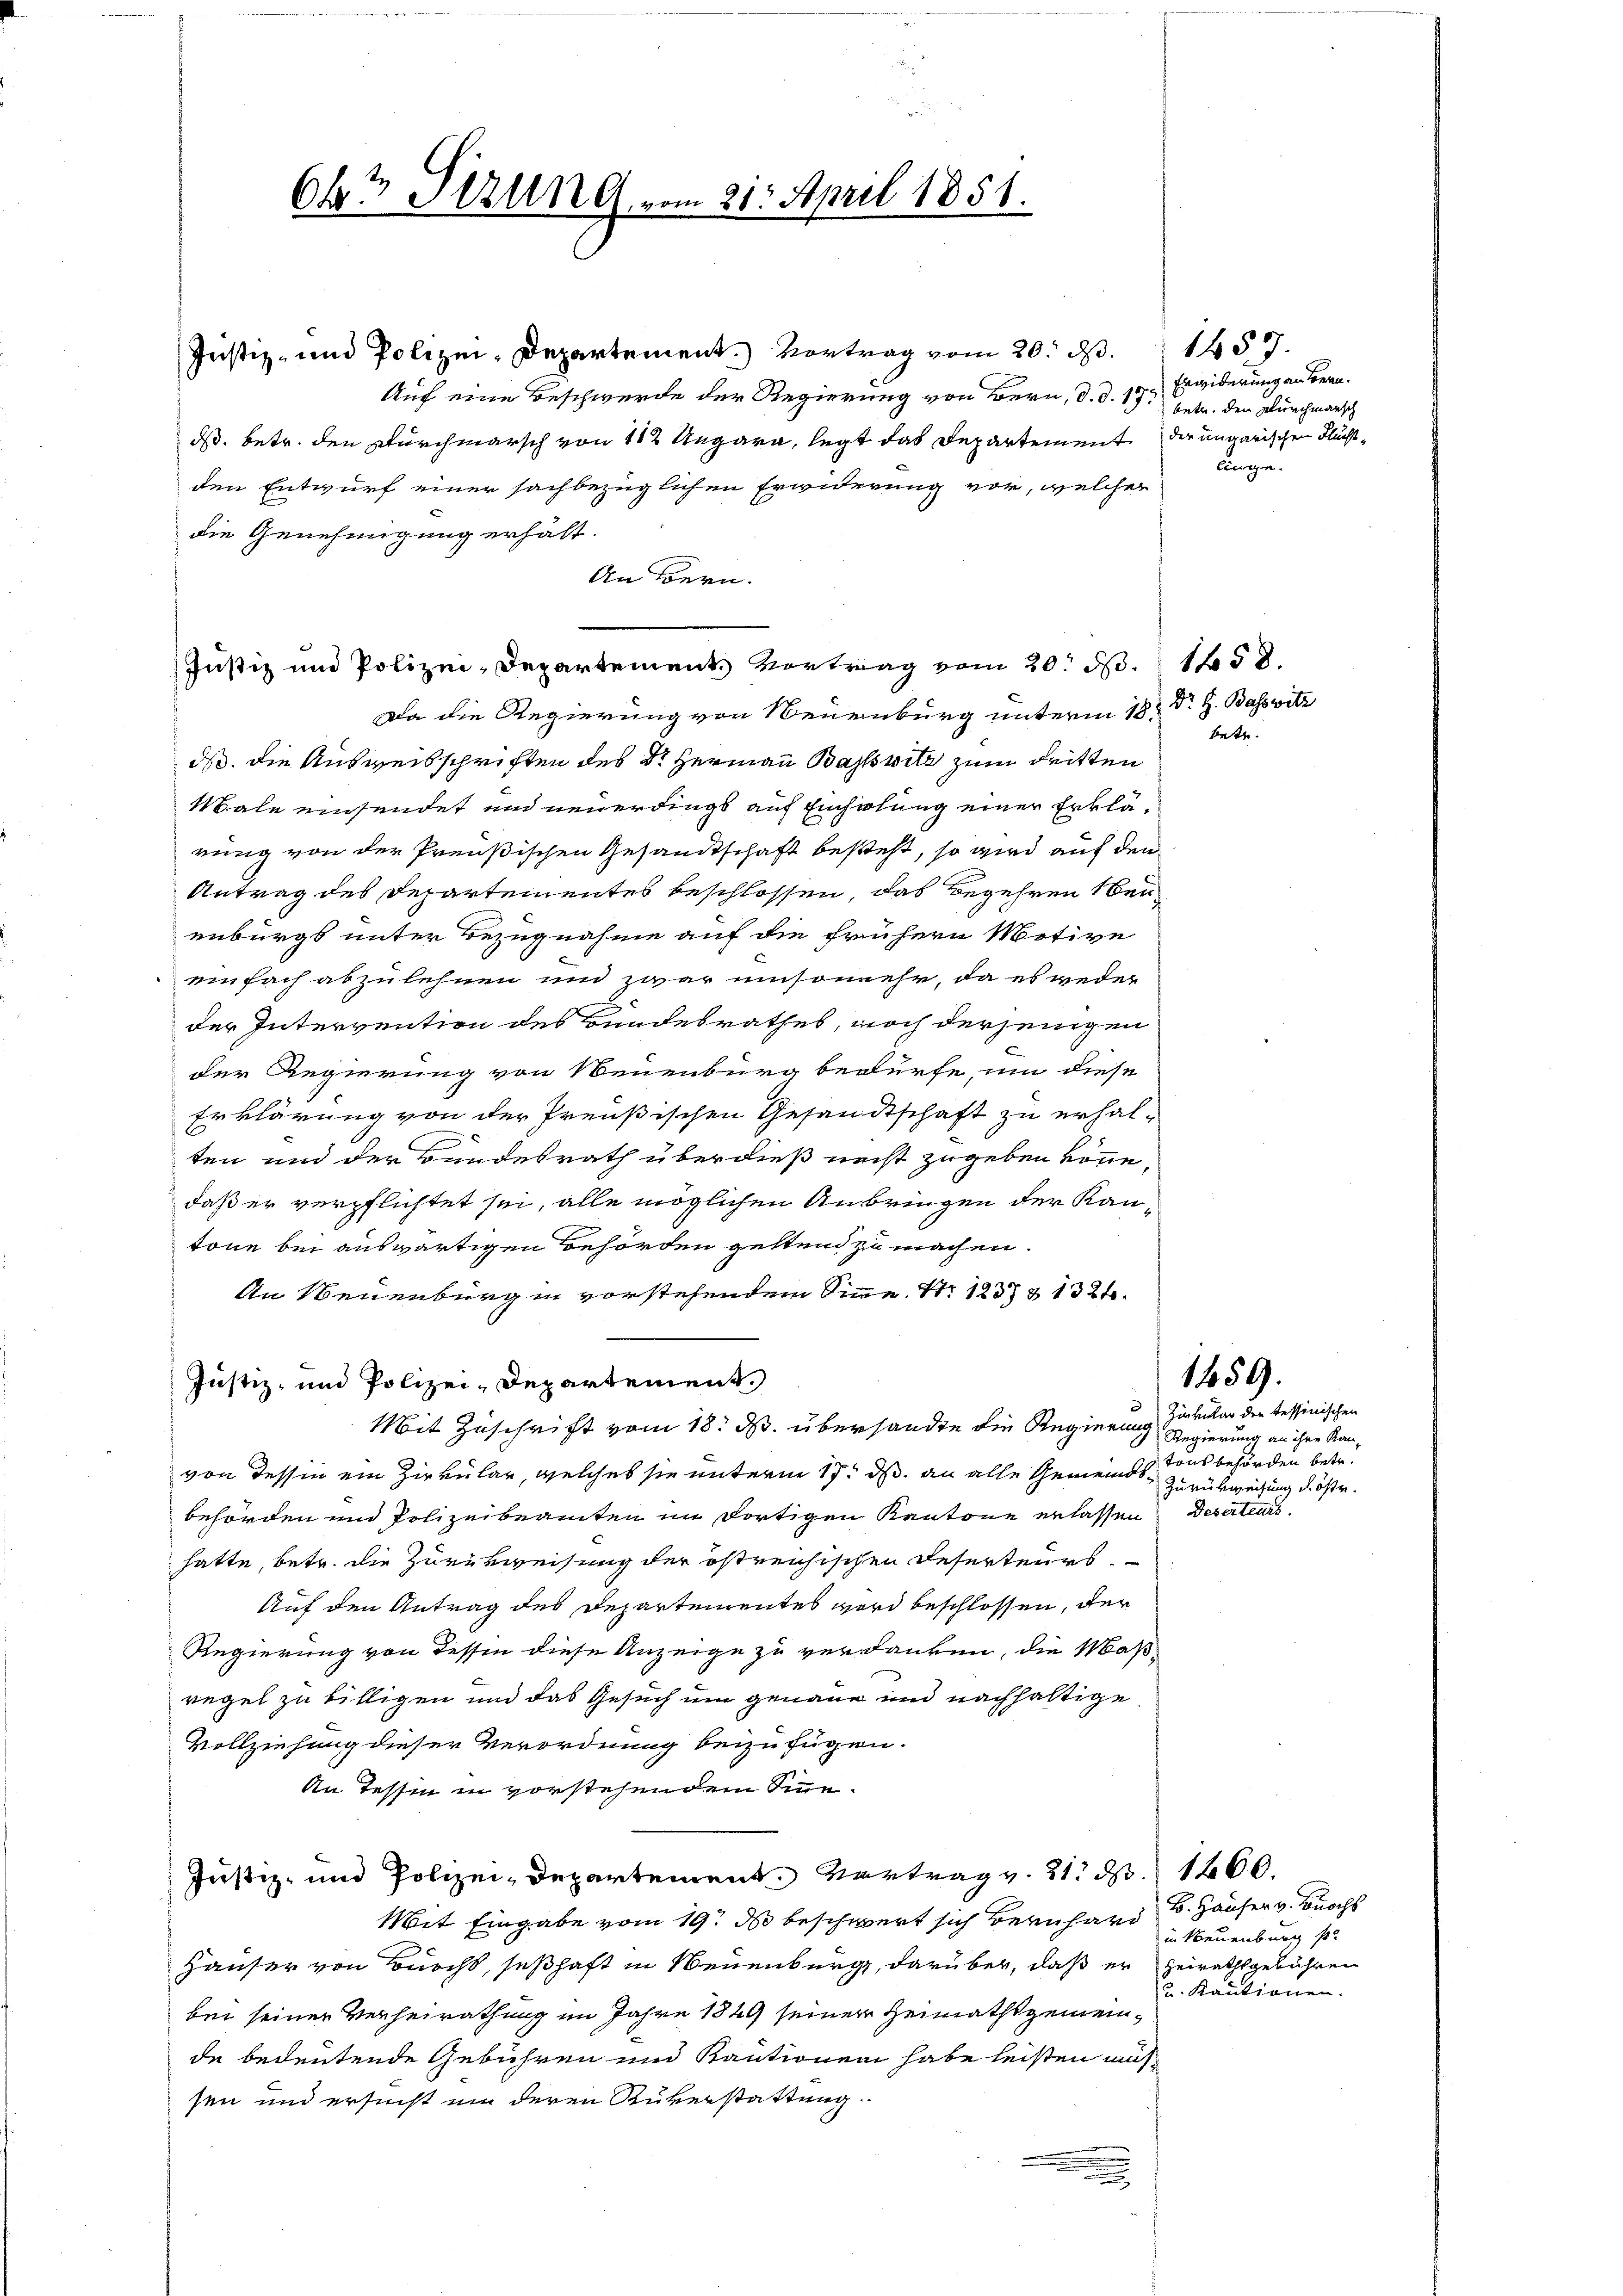
Justiz- und Polizei-Departement.) Vortrag vom 20. d. 1457.
Auf eine Beschwerde der Regierung von Bern, d. d. 17. Es widerung an Bern.
ds. betr. den Durchmarsch von 142 Ungarn, legt das Departement der ungarischen Fluchtden Entwurf einer sachbezüglichen Erwiderung vor, welcher
die Genehmigung erhält.
An Bern.
Da die Regierung von Neuenburg unterm 18.
ds. die Ausweisschriften des Dr. Hermann Basswitz zum dritten
Male einsendet und neuerdings auf Einholung einer Erklärung von der Preußischen Gesandtschaft besteht, so wird auf den
Antrag des Departementes beschlossen, das Begehren ben
enbürgt unter Bezugnahme auf die frühern Motive
einfach abzulehnen und zwar umsomehr, da es weder
der Intervention des Bundesrathes, noch derjenigen
der Regierung von Neuenburg bedürfe, um diese
Erklärung von der Preußischen Gesandtschaft zu erhal-
c
ten und der Bundesrath überdieß necht zugeben könne,
daß er verpflichtet sei, alle möglichen Anbringen der Kantone bei auswärtigen Behörden geltend zu machen.
An Neuenburg in vorstehendem Sinne. Nr. 123 & 1324.
Justiz- und Polizei-Departement.
Mit Zuschrift vom 18. M. übersandte die Regierung Regierung an ihre Kanvon Tessin ein Zirkular, welches sie unterm 17. ds. an alle Gemeindsbehörden und Polizeibeamten im dortigen Kantone erlassen Deserteurs.
hatte, betr. die Zurükweisung der östreichischen Reserteurs.
Auf den Antrag des Departementes wird beschlossen, der
Regierung von dessen diese Anzeige zu verdanken, die Maß-
regel zu billigen und das Gesuch um genaue und nachhaltige
Vollziehung dieser Verordnung beizufügen.
An Tessin in vorstehendem Sine-
Justiz- und Polizei-Departement. Vertrag v. 21. d. 1660.
Mit Eingabe vom 19. ds beschwert sich Bernhard B. Häuser v. Buchs
Häuser von Burcht, seßhaft in Neuenburg, darüber, daß er heirathsgebühren
bei seiner Verheirathung im Jahre 1849 seiner Heimathsgemeinde bedeutende Gebühren und Kautionen habe leisten mus
sen und ersucht um deren Rükerstattung

6x Stzung vom 21. April 1851.

Justiz und Polizei-Departement Vortrag vom 20. d. 158.

d

betr. den Durchmarsch
linge.

Dr. H. Bassvitz
hatte.

Zirkular der tessinischen
tons behörden betr.
Zurückweisung d. östr.

1459.

in Neuenburg s
u. Kautionen.